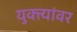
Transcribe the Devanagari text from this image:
युक्त्यांवर